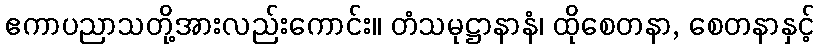
ဧကာပညာသတို့အားလည်းကောင်း။ တံသမုဋ္ဌာနာနံ၊ ထိုစေတနာ, စေတနာနှင့်